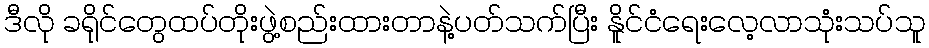
ဒီလို ခရိုင်တွေထပ်တိုးဖွဲ့စည်းထားတာနဲ့ပတ်သက်ပြီး နိူင်ငံရေးလေ့လာသုံးသပ်သူ